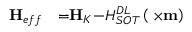
\begin{array} { l l } { { \bf { { H } } } _ { { e f f } } } & { { = } { \bf { { H } } } _ { { K } } { - } H _ { S O T } ^ { D L } \left( \bf { { \sigma } } { \times } { \bf { m } } \right) } \end{array}